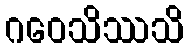
ဂဝေသိဿသိ